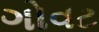
ગોવટ